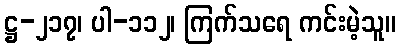
ဋ္ဌ-၂၁၇၊ ပါ-၁၁၂၊ ကြက်သရေ ကင်းမဲ့သူ။